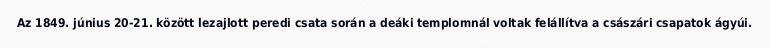
Az 1849. június 20-21. között lezajlott peredi csata során a deáki templomnál voltak felállítva a császári csapatok ágyúi.